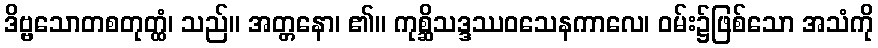
ဒိဗ္ဗသောတစတုတ္ထံ၊ သည်။ အတ္တနော၊ ၏။ ကုစ္ဆိသဒ္ဒဿဝသေနကာလေ၊ ဝမ်း၌ဖြစ်သော အသံကို